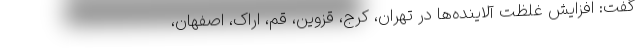
گفت: افزایش غلظت آلاینده‌ها در تهران، کرج، قزوین، قم، اراک، اصفهان،